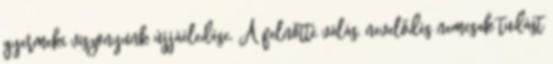
gyermeki viszonyunk újjáéledése. A felnőtté válás, nevelődés nemcsak tudást